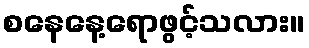
စနေနေ့ရောဖွင့်သလား။